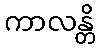
ကာလန္တိ